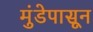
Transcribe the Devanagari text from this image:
मुंडेपासून